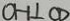
O H \bot C D